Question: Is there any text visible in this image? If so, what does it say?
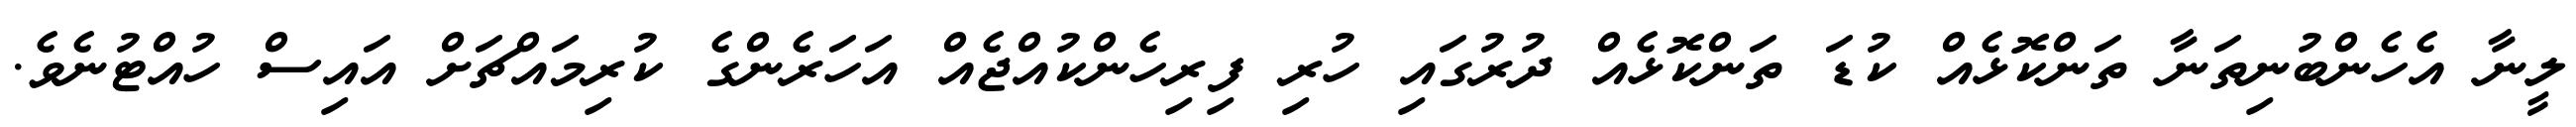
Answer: ލީނާ އެހެންބުނިތަނާ ތަންކޮޅެއް ކުޑަ ތަންކޮޅެއް ދުރުގައި ހުރި ފިރިހެންކުއްޖެއް އަހަރެންގެ ކުރިމައްޗަށް އައިސް ހުއްޓުނެވެ.